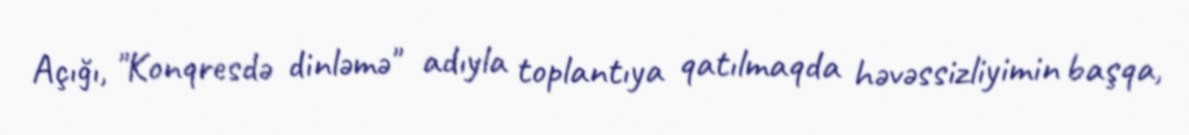
Açığı, "Konqresdə dinləmə" adıyla toplantıya qatılmaqda həvəssizliyimin başqa,